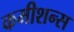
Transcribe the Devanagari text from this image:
कमीशन्स